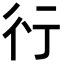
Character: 𬠽